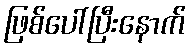
ဖြစ်ပေါ်ပြီးနောက်